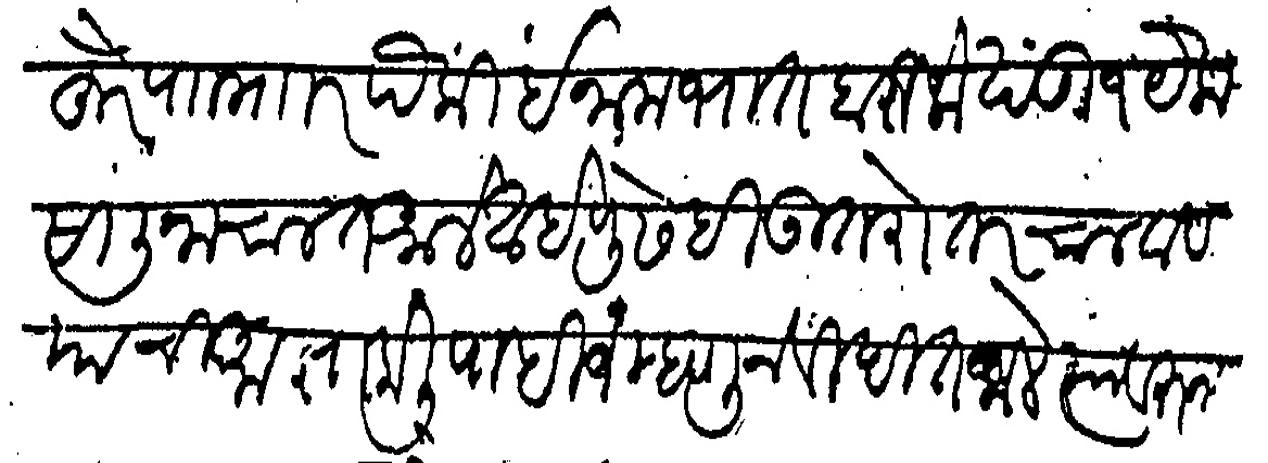
Transliteration (Devanagari): पोहुरे पाा माार पैकी ईनाम भात बारीक खंडी १ येक सालीना चालत आले आहे पुढे ही उतरोत्तर चालावे याची आज्ञा केली पाहिजे म्हणून विदीत जाले त्यावरून